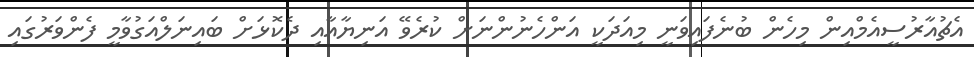
އެޗުއާރުސީއެމްއިން މިހެން ބުނެފައިވަނީ މިއަދަކީ އަންހެނުންނަށް ކުރެވޭ އަނިޔާއާއި ދެކޮޅަށް ބައިނަލްއަގުވާމީ ފެންވަރުގައި